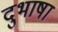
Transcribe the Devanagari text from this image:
दुभाषा